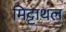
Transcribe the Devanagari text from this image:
मिट्टाथल